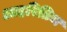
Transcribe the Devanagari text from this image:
आहरितिज